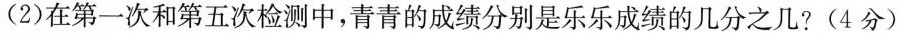
(2)在第一次和第五次检测中，青青的成绩分别是乐乐成绩的几分之几?(4分)